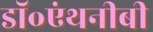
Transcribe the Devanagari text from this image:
डॉ॰एंथनीबी